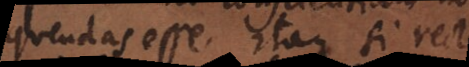
uendas esse. Itaque si recte